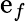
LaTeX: \mathrm{e}_{f}